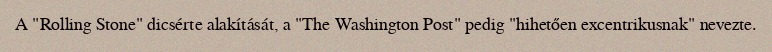
A "Rolling Stone" dicsérte alakítását, a "The Washington Post" pedig "hihetően excentrikusnak" nevezte.